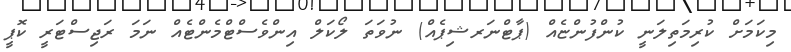
މިކަމަށް ކުރިމަތިލަނީ ކުންފުންޏެއް (ޕާޓްނަރޝިޕެއް) ނުވަތަ ލޯކަލް އިންވެސްޓްމެންޓެއް ނަމަ ރަޖިސްޓަރީ ކޮޕީ